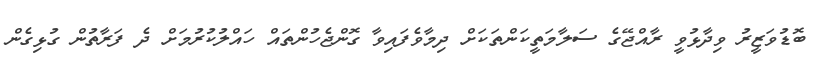
ބޮޑުވަޒީރު ވިދާޅުވީ ރާއްޖޭގެ ސަލާމަތީކަންތަކަށް ދިމާވެފައިވާ ގޮންޖެހުންތައް ހައްލުކުރުމަށް ދެ ފަރާތުން ގުޅިގެން